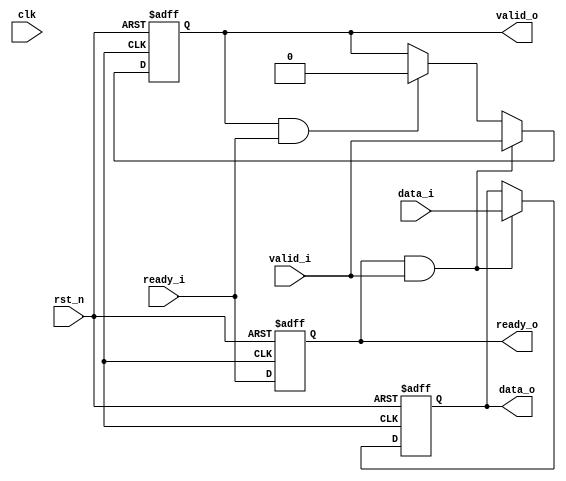
module ready_handshake(//都打一拍
	input	clk,
	input	rst_n,

	input	valid_i, 
	input	data_i,  	
	input	ready_i,  

	output	ready_o, 
	output	valid_o, 
	output	data_o  
	);

	reg	valid_o_r;
	reg	ready_o_r;

	reg	data_r;


always @(posedge CLK or negedge rst_n) 
begin 
	if(~rst_n) 
	begin
		valid_o_r <= 0;
		ready_o_r <= 0;
		data_r <= 0;
	end 
	else 
	begin
		ready_o_r <= ready_i;//打一拍
		if (ready_o && valid_i) //写数据
		begin
			valid_o_r <= valid_i;
			data_r <= data_i;
		end
		else 
		begin
			if(valid_o && ready_i)//数据被读走，valid拉低
				valid_o_r <= 0;
			else 
				valid_o_r <= valid_o_r;
		end
	end
end

assign ready_o = ready_o_r;
assign valid_o = valid_o_r;
assign data_o = data_r;

endmodule